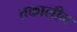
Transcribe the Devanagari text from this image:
त्तकालीन